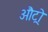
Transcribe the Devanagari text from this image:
औट्रो